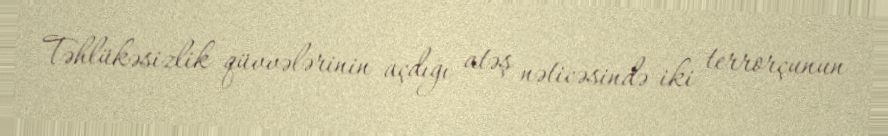
Təhlükəsizlik qüvvələrinin açdığı atəş nəticəsində iki terrorçunun